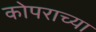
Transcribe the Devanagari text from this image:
कोपराच्या